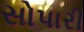
સોપારી